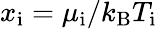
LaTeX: x_{\mathrm{i}}=\mu_{\mathrm{i}}/k_{\mathrm{B}}T_{\mathrm{i}}